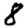
Digit: 8